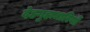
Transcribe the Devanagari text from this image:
देहगुहाधारियों